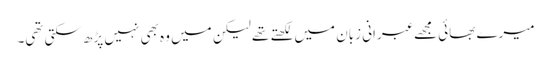
میرے بھائی مجھے عبرانی زبان میں لکھتے تھے لیکن میں وہ بھی نہیں پڑھ سکتی تھی۔